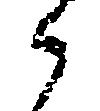
候